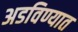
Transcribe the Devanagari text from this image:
अडविण्यात